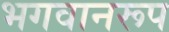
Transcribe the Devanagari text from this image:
भगवानरूप